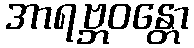
အာရဗ္ဘဝန္တော